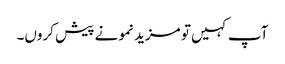
آپ کہیں تو مزید نمونے پیش کروں۔